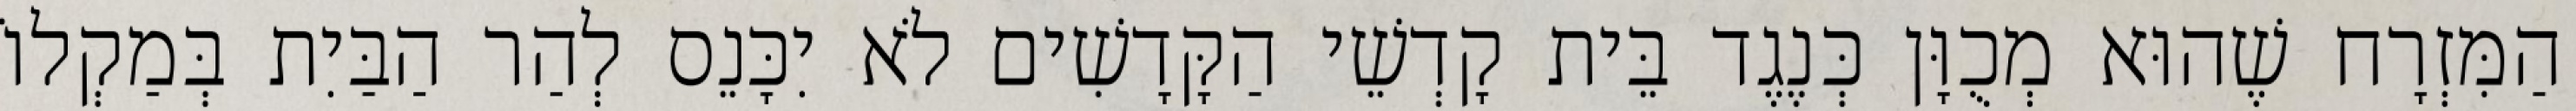
הַמִּזְרָח שֶׁהוּא מְכֻוָּן כְּנֶגֶד בֵּית קָדְשֵׁי הַקָּדָשִׁים לֹא יִכָּנֵס לְהַר הַבַּיִת בְּמַקְלוֹ